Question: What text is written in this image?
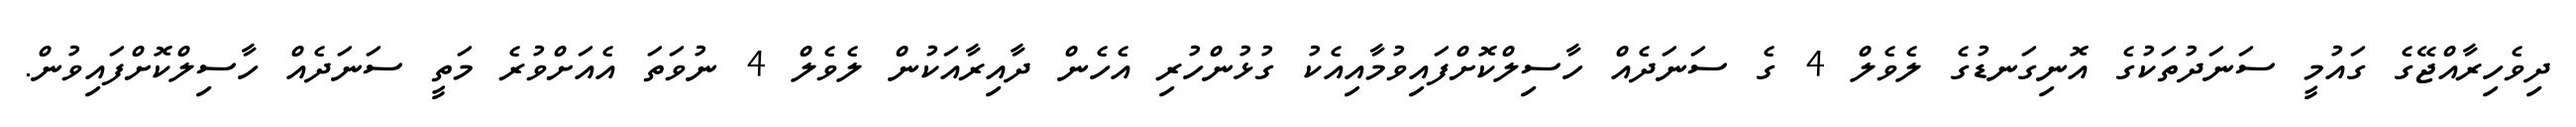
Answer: ދިވެހިރާއްޖޭގެ ގައުމީ ސަނަދުތަކުގެ އޮނިގަނޑުގެ ލެވެލް 4 ގެ ސަނަދެއް ހާސިލްކޮށްފައިވުމާއިއެކު ގުޅުންހުރި އެހެން ދާއިރާއަކުން ލެވެލް 4 ނުވަތަ އެއަށްވުރެ މަތީ ސަނަދެއް ހާސިލްކޮށްފައިވުން.